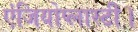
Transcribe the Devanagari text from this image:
एंजियोप्लास्टी।